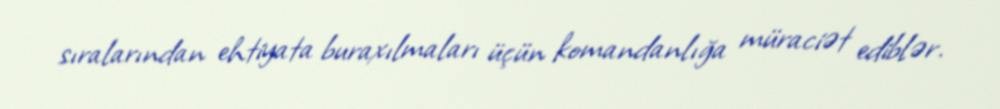
sıralarından ehtiyata buraxılmaları üçün komandanlığa müraciət ediblər.